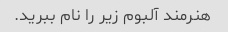
هنرمند آلبوم زیر را نام ببرید.